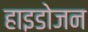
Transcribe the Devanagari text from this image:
हाइडोजन